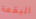
البقعة